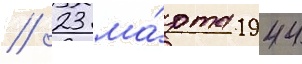
// 23 ма́рта 1944